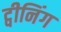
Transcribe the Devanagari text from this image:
ट्वीनिंग